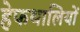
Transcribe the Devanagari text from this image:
हेफथालियों